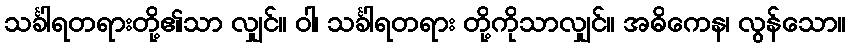
သင်္ခါရတရားတို့၏သာ လျှင်။ ဝါ၊ သင်္ခါရတရား တို့ကိုသာလျှင်။ အဓိကေန၊ လွန်သော။